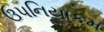
ઉપનિયાકમ